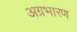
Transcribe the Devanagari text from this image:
अग्रभारण